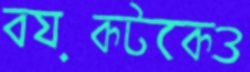
বয়কটকেও